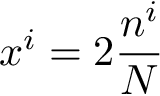
x ^ { i } = 2 \frac { n ^ { i } } { N }